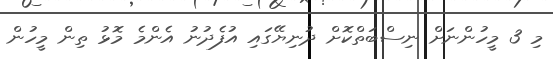
މި 3 މީހުންނަށް ނިސްބަތްކޮށް ދުނިޔޭގައި އުފެދުނު އެންމެ މޮޅު ތިން މީހުން